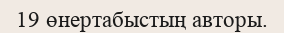
19 өнертабыстың авторы.